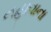
નહાવાના